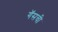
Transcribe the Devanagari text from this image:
गॅसची